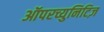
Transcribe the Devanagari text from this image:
ऑपरच्युनिटिज़